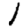
Digit: 1